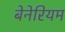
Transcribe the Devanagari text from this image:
बेनेरियम